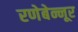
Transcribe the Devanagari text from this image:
रणेबेन्नूर